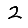
Digit: 2